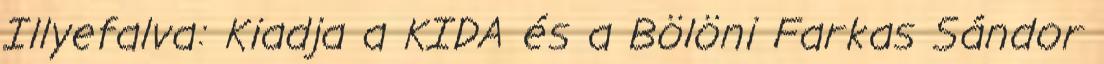
Illyefalva: Kiadja a KIDA és a Bölöni Farkas Sándor